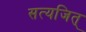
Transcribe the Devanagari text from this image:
सत्यजित्